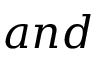
a n d